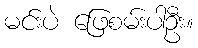
မင်းပဲ ဖြေစမ်းပါဦး။